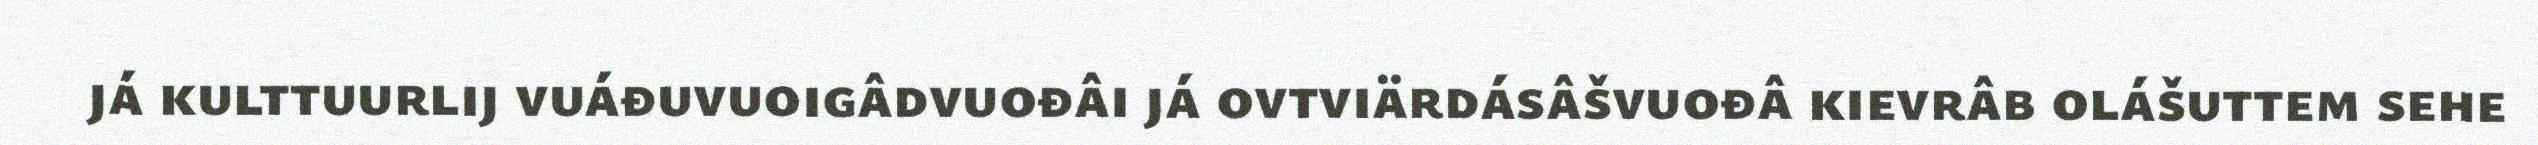
já kulttuurlij vuáđuvuoigâdvuođâi já ovtviärdásâšvuođâ kievrâb olášuttem sehe